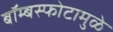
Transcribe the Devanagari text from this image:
बॉम्बस्फोटामुळे